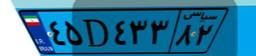
۴۵D۴۳۳۸۲